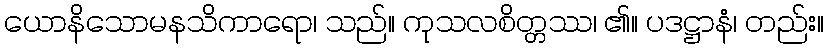
ယောနိသောမနသိကာရော၊ သည်။ ကုသလစိတ္တဿ၊ ၏။ ပဒဋ္ဌာနံ၊ တည်း။